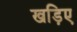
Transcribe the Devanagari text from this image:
खड़िए